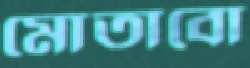
মোতাবো